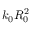
k _ { 0 } R _ { 0 } ^ { 2 }